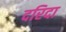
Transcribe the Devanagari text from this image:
दरिदा